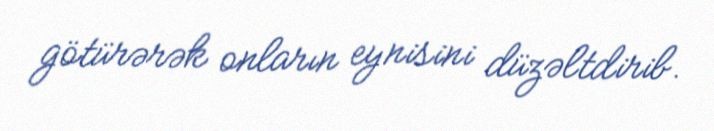
götürərək onların eynisini düzəltdirib.